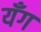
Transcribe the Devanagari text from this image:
यँग